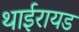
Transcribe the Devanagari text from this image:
थाईरायड